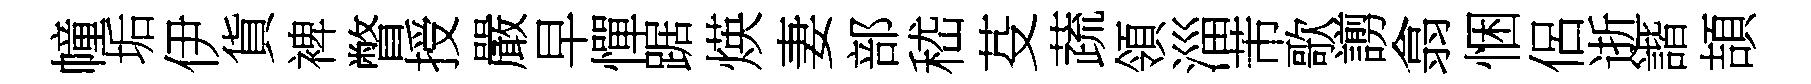
幢垢伊貨裨瞥授嚴早憚踞煐妻部嵇芟蔬領淄芾歌謭翕悃侶逝諧頡